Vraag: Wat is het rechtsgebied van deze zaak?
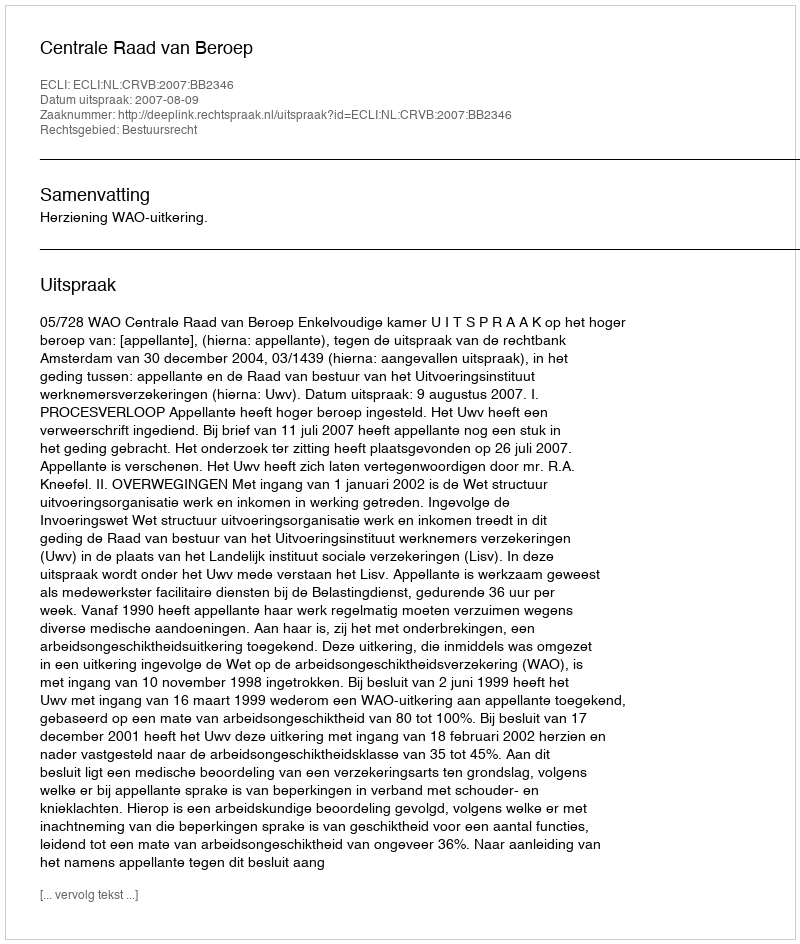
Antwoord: Bestuursrecht